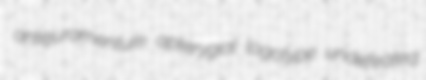
antejuramentum apterygial logotype undefeated